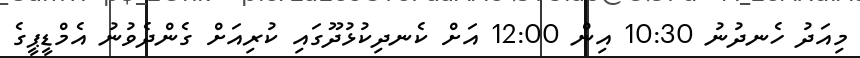
މިއަދު ހެނދުނު 10:30 އިން 12:00 އަށް ކެނދިކުޅުދޫގައި ކުރިއަށް ގެންދެވުނު އެމްޑީޕީގެ